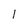
Character: l